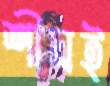
শীঘ্রই